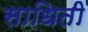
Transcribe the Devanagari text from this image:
साधिती